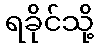
ရခိုင်သို့